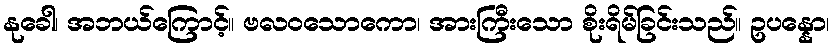
နုခေါ၊ အဘယ်ကြောင့်။ ဗလဝသောကော၊ အားကြီးသော စိုးရိမ်ခြင်းသည်။ ဥပန္နော၊